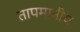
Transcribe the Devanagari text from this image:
तापमानीय